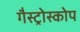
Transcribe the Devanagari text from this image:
गैस्ट्रोस्कोप